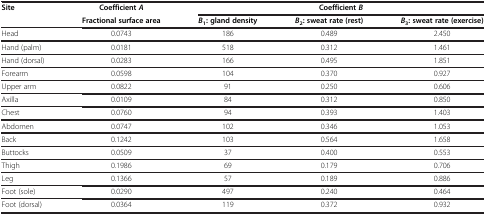
<table><thead><tr><td><b>Site</b></td><td><b>Coefficient <i>A</i></b></td><td colspan="3"><b>Coefficient <i>B</i></b></td></tr><tr><td><b> </b></td><td><b>Fractional surface area</b></td><td><b><i>B</i><sub>1</sub>: gland density</b></td><td><b><i>B</i><sub>2</sub>: sweat rate (rest)</b></td><td><b><i>B</i><sub>3</sub>: sweat rate (exercise)</b></td></tr></thead><tbody><tr><td>Head</td><td>0.0743</td><td>186</td><td>0.489</td><td>2.450</td></tr><tr><td>Hand (palm)</td><td>0.0181</td><td>518</td><td>0.312</td><td>1.461</td></tr><tr><td>Hand (dorsal)</td><td>0.0283</td><td>166</td><td>0.495</td><td>1.851</td></tr><tr><td>Forearm</td><td>0.0598</td><td>104</td><td>0.370</td><td>0.927</td></tr><tr><td>Upper arm</td><td>0.0822</td><td>91</td><td>0.250</td><td>0.606</td></tr><tr><td>Axilla</td><td>0.0109</td><td>84</td><td>0.312</td><td>0.850</td></tr><tr><td>Chest</td><td>0.0760</td><td>94</td><td>0.393</td><td>1.403</td></tr><tr><td>Abdomen</td><td>0.0747</td><td>102</td><td>0.346</td><td>1.053</td></tr><tr><td>Back</td><td>0.1242</td><td>103</td><td>0.564</td><td>1.658</td></tr><tr><td>Buttocks</td><td>0.0509</td><td>37</td><td>0.400</td><td>0.553</td></tr><tr><td>Thigh</td><td>0.1986</td><td>69</td><td>0.179</td><td>0.706</td></tr><tr><td>Leg</td><td>0.1366</td><td>57</td><td>0.189</td><td>0.886</td></tr><tr><td>Foot (sole)</td><td>0.0290</td><td>497</td><td>0.240</td><td>0.464</td></tr><tr><td>Foot (dorsal)</td><td>0.0364</td><td>119</td><td>0.372</td><td>0.932</td></tr></tbody></table>